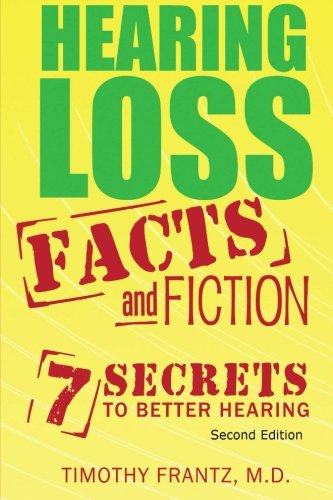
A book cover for Hearing Loss: Facts and Fiction: 7 Secrets to Better Hearing; Timothy Frantz M.D.; Health, Fitness & Dieting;